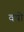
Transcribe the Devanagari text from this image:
वयो